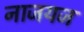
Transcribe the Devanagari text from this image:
नाजयज